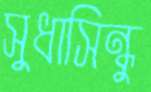
সুধাসিন্ধু